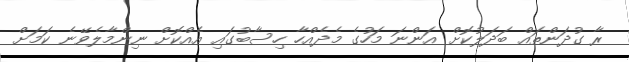
ރާ ގުދަންތައް ބަދަލުކޮށް އަންނަ މަހުގެ މެދެއްހާ ހިސާބުގައި އެއްކޮށް ނިންމާލެވޭނެ ކަމަށް